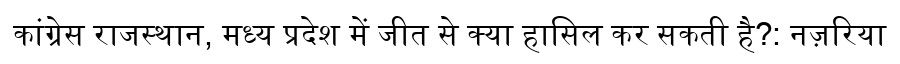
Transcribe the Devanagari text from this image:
कांग्रेस राजस्थान, मध्य प्रदेश में जीत से क्या हासिल कर सकती है?: नज़रिया